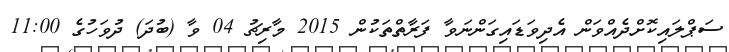
ސަޕްލައިކޮށްދެއްވަން އެދިވަޑައިގަންނަވާ ފަރާތްތަކުން 2015 މާރިޗު 04 ވާ (ބުދަ) ދުވަހުގެ 11:00